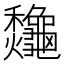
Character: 𪛁